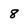
Character: 8